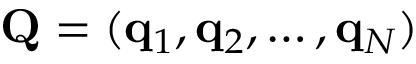
\mathbf { Q } = ( \mathbf { q } _ { 1 } , \mathbf { q } _ { 2 } , \ldots , \mathbf { q } _ { N } )